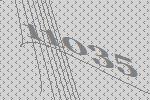
11035